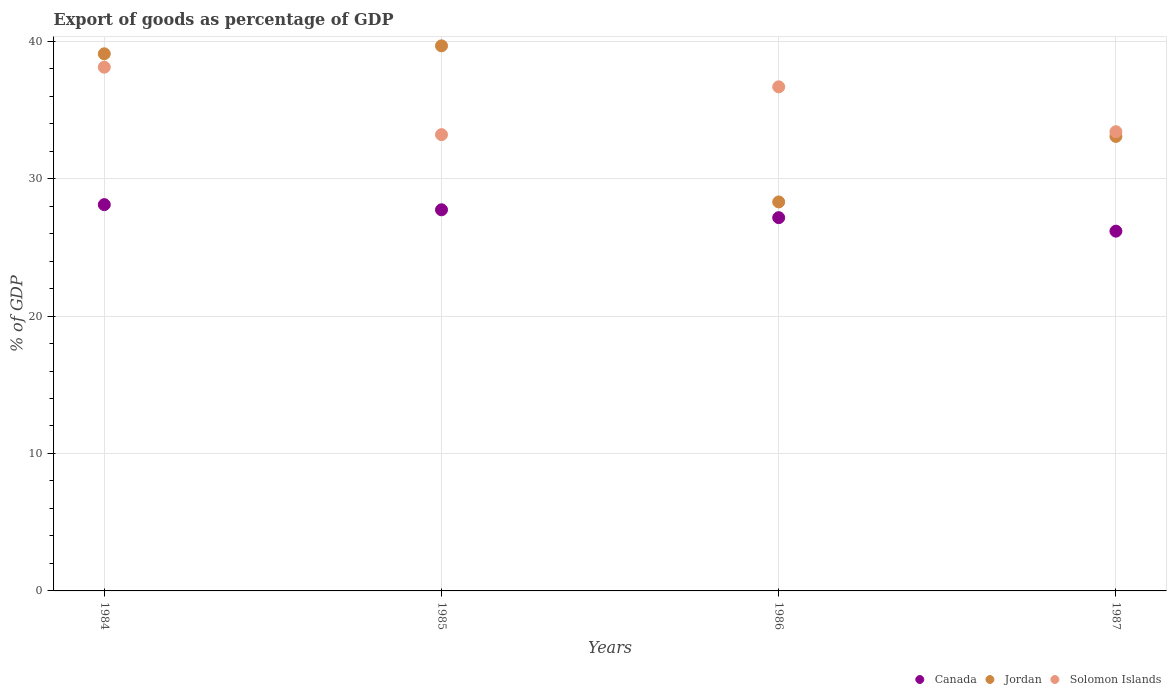
| Years | Canada | Jordan | Solomon Islands |
 | --- | --- | --- | --- |
 | 1984 | 28.1 | 39.1 | 38.1 |
 | 1985 | 27.7 | 39.7 | 33.2 |
 | 1986 | 27.2 | 28.3 | 36.7 |
 | 1987 | 26.2 | 33.1 | 33.4 |